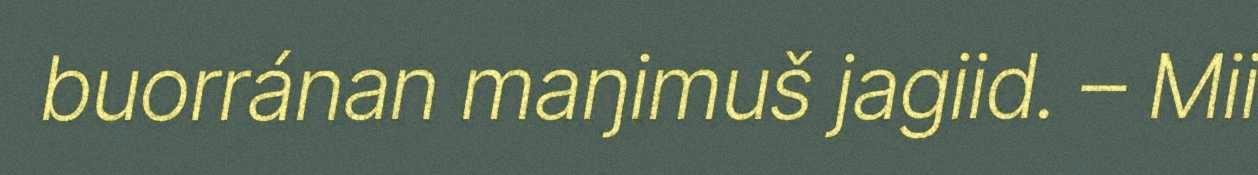
buorránan maŋimuš jagiid. – Mii